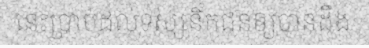
នេះប្រាប់ដល់ទស្សនិកជនឲ្យបានដឹង